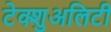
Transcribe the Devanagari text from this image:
टेक्शुअलिटी